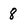
Character: 8